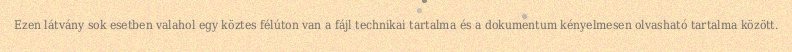
Ezen látvány sok esetben valahol egy köztes félúton van a fájl technikai tartalma és a dokumentum kényelmesen olvasható tartalma között.